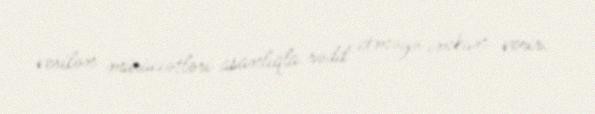
verilən müraciətləri asanlıqla rədd etməyə imkan verir.